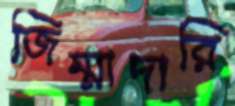
জিম্মাদারি